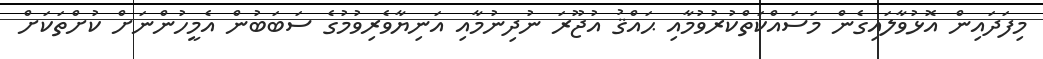
މިފަދައިން އޮޅުވާލައިގެން މަސައްކަތްކުރުވުމާއި ޙައްޤު އުޖޫރަ ނުދިނުމާއި އަނިޔާވެރިވުމުގެ ސަބަބުން އެމީހުންނަށް ކުށްތަކަށް